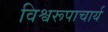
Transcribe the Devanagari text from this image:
विश्वरूपाचार्य